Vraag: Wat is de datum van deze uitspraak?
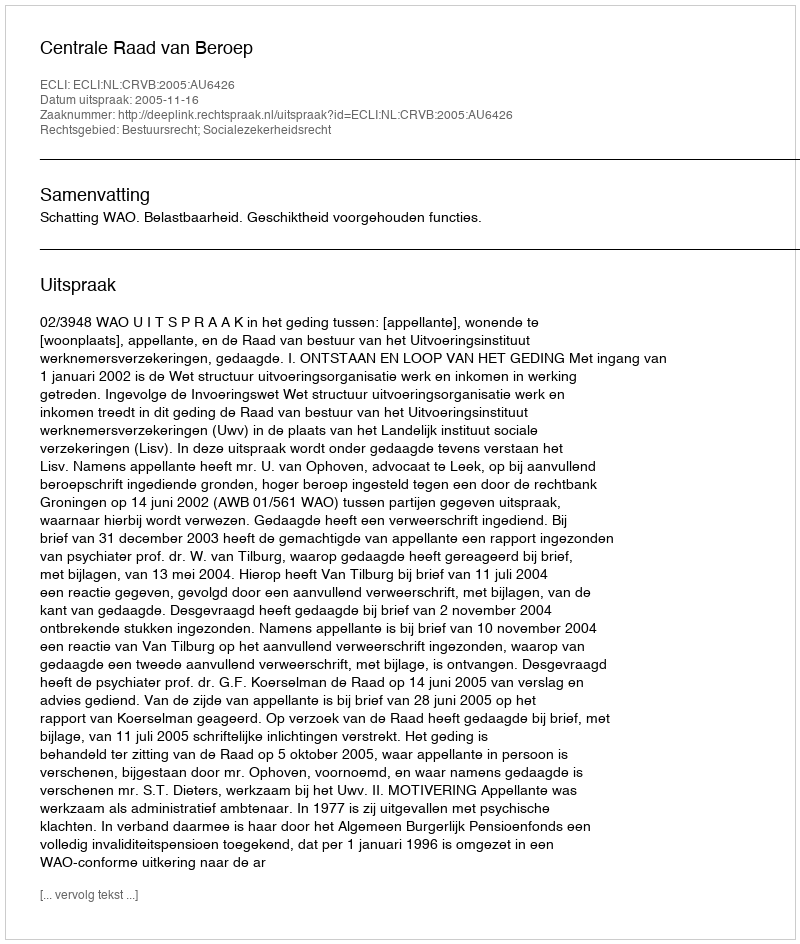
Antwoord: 2005-11-16